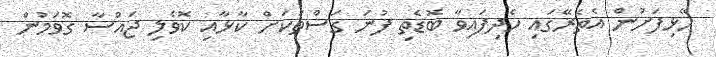
ހޭޅިފަށުން އެތެރޭގައި ހެދިފައިވާ ބޮޑެތި ފުނަ ގަސްތަކަށް ކާޅާއި ކޮވެލި ޖައްސާ ގޮވަމުން